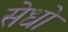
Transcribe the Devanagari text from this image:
सेधो